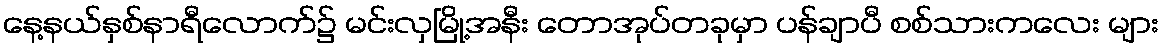
နေ့နယ်နှစ်နာရီလောက်၌ မင်းလှမြို့အနီး တောအုပ်တခုမှာ ပန်ချာပီ စစ်သားကလေး များ